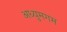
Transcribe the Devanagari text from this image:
अध्युमगम